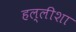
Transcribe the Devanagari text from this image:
हल्लीशा